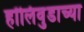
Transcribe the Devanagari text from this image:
हॉलिवुडाच्या